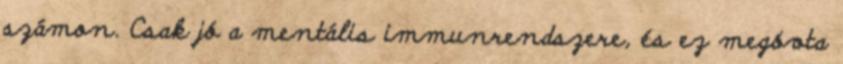
számon. Csak jó a mentális immunrendszere, és ez megóvta